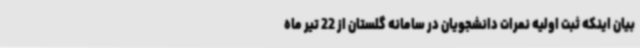
بیان اینکه ثبت اولیه نمرات دانشجویان در سامانه گلستان از 22 تیر ماه